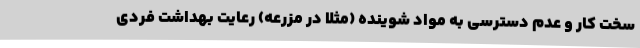
سخت کار و عدم دسترسی به مواد شوینده (مثلا در مزرعه) رعایت بهداشت فردی